Report of the Municipal Commissioner on the plague in Bombay for the year ending 31st May... - Volume 1
Disease focus: Plague
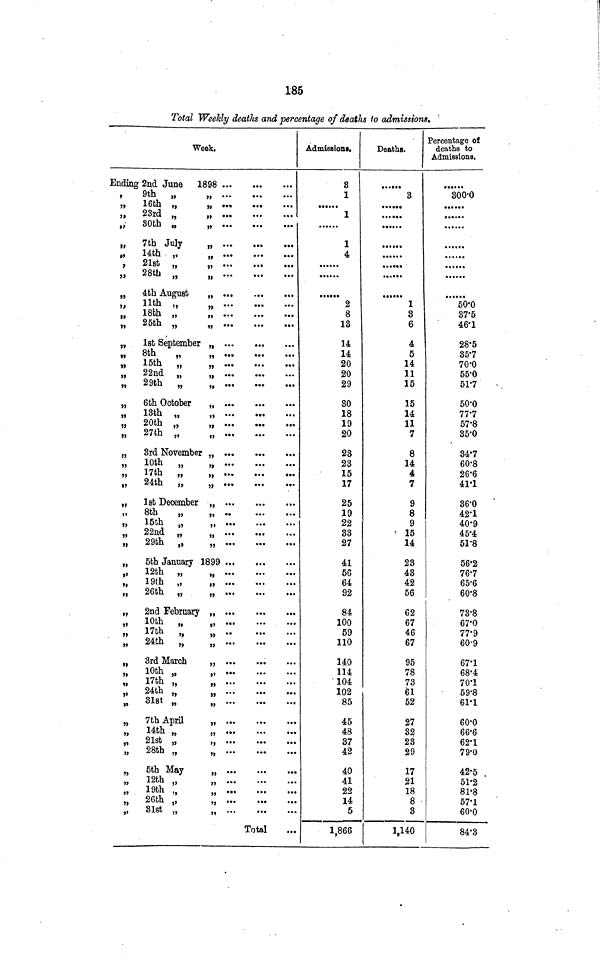
185
Total Weekly deaths and percentage of deaths to admissions.
Week.
Ending
5
3
,,
,,
,
})
}
|
,,
1}
,,
,,
,,
5)
,,
11
,,
,,
,
,,
,,
,,
,,
,,
,,
,,
)}
,,
,,
,,
,,
,,
,,
,,
,,
,,
,,
,,
,,
2nd June 1898
9th „
16th „
23rd „
80th „
7th July
14th „
21st „
28th ..
,,
4th August
11th „
18th „
25th „
1st September
8th
„
15th „
22nd „
29th „
6th October
13th „
20th „
27th „
3rd November
10th „
17th „
24th „
1st December
8th
„
15th „
22nd „
29th „
,,
•••
•••
„ ••
...
...
„ •..
...
...
„ ...
...
...
„ ...
...
...
„ ...
...
...
j •••
•••
•••
,,
•••
-••
•••
.. ...
...
...
„ ...
...
...
„ ...
...
...
„ ...
...
..
.a.
...
...
J
••
"•
•••
„
"••
•••
,, ...
...
...
„
...
...
...
„
...
...
„
...
...
...
"•
„
...
...
...
J
••
••
•••
,,
...
...
...
„
...
...
...
••
•"
••
It
•
•'•
•••
„
•••
•••
„
...
...
„
...
...
...
5th January 1899
12th „
19th „
26th „
2nd February
10th „
17th
„
24th „
3rd March
10th „
17th „
24th
31st „
7th April
14th „
21st „
28th „
5th May
12th „
19th „
26th „
31st „
„
...
...
...
l
•••
•"
..•
„
...
...
...
,,
...
...
...
„
...
...
...
|
••
•••
U
...
...
...
„
...
„
•••
•••
••
„
•
•••
•••
,,
,, ...
...
...
„
...
...
...
,,
...
...
...
„
...
...
...
„
...
...
...
„
...
...
„
...
...
Total
Admissiom.
8
1
......
1
1
4
••••.
2
8
13
14
14
20
20
29
30
18
19
20
23
23
15
17
25
19
22
33
27
41
56
64
92
84
100
59
110
140
114
104
102
85
45
48
37
42
40
41
22
14
5
1,866
Deaths.
3
...••
... ...
••••.
......
......
.. ••••
......
1
3
6
4
5
14
11
15
15
14
11
7
8
14
4
7
9
8
9
15
14
23
43
42
56
62
67
46
67
95
78
73
1
61
52
27
32
23
29
17
21
18
8
3
1,140
Percentage of
deaths to
Admissions.
• • • • •
300-0
•• •••
•
•
......
,
50·0
37·5
46·1
28·5
35·7
70·0
55·0
51·7
50·0
77·7
57·8
35·0
347
608
26·6
41·1
36·0
42·1
40·9
45·4
51·8
56·2
76·7
65·6
60·8
73·8
67·0
77·9
60·9
67·1
68·4
70·1
59·8
61·1
60·0
66·6
62·1
79·0
42·5
51·2
81·8
57·1
60·0
84·3